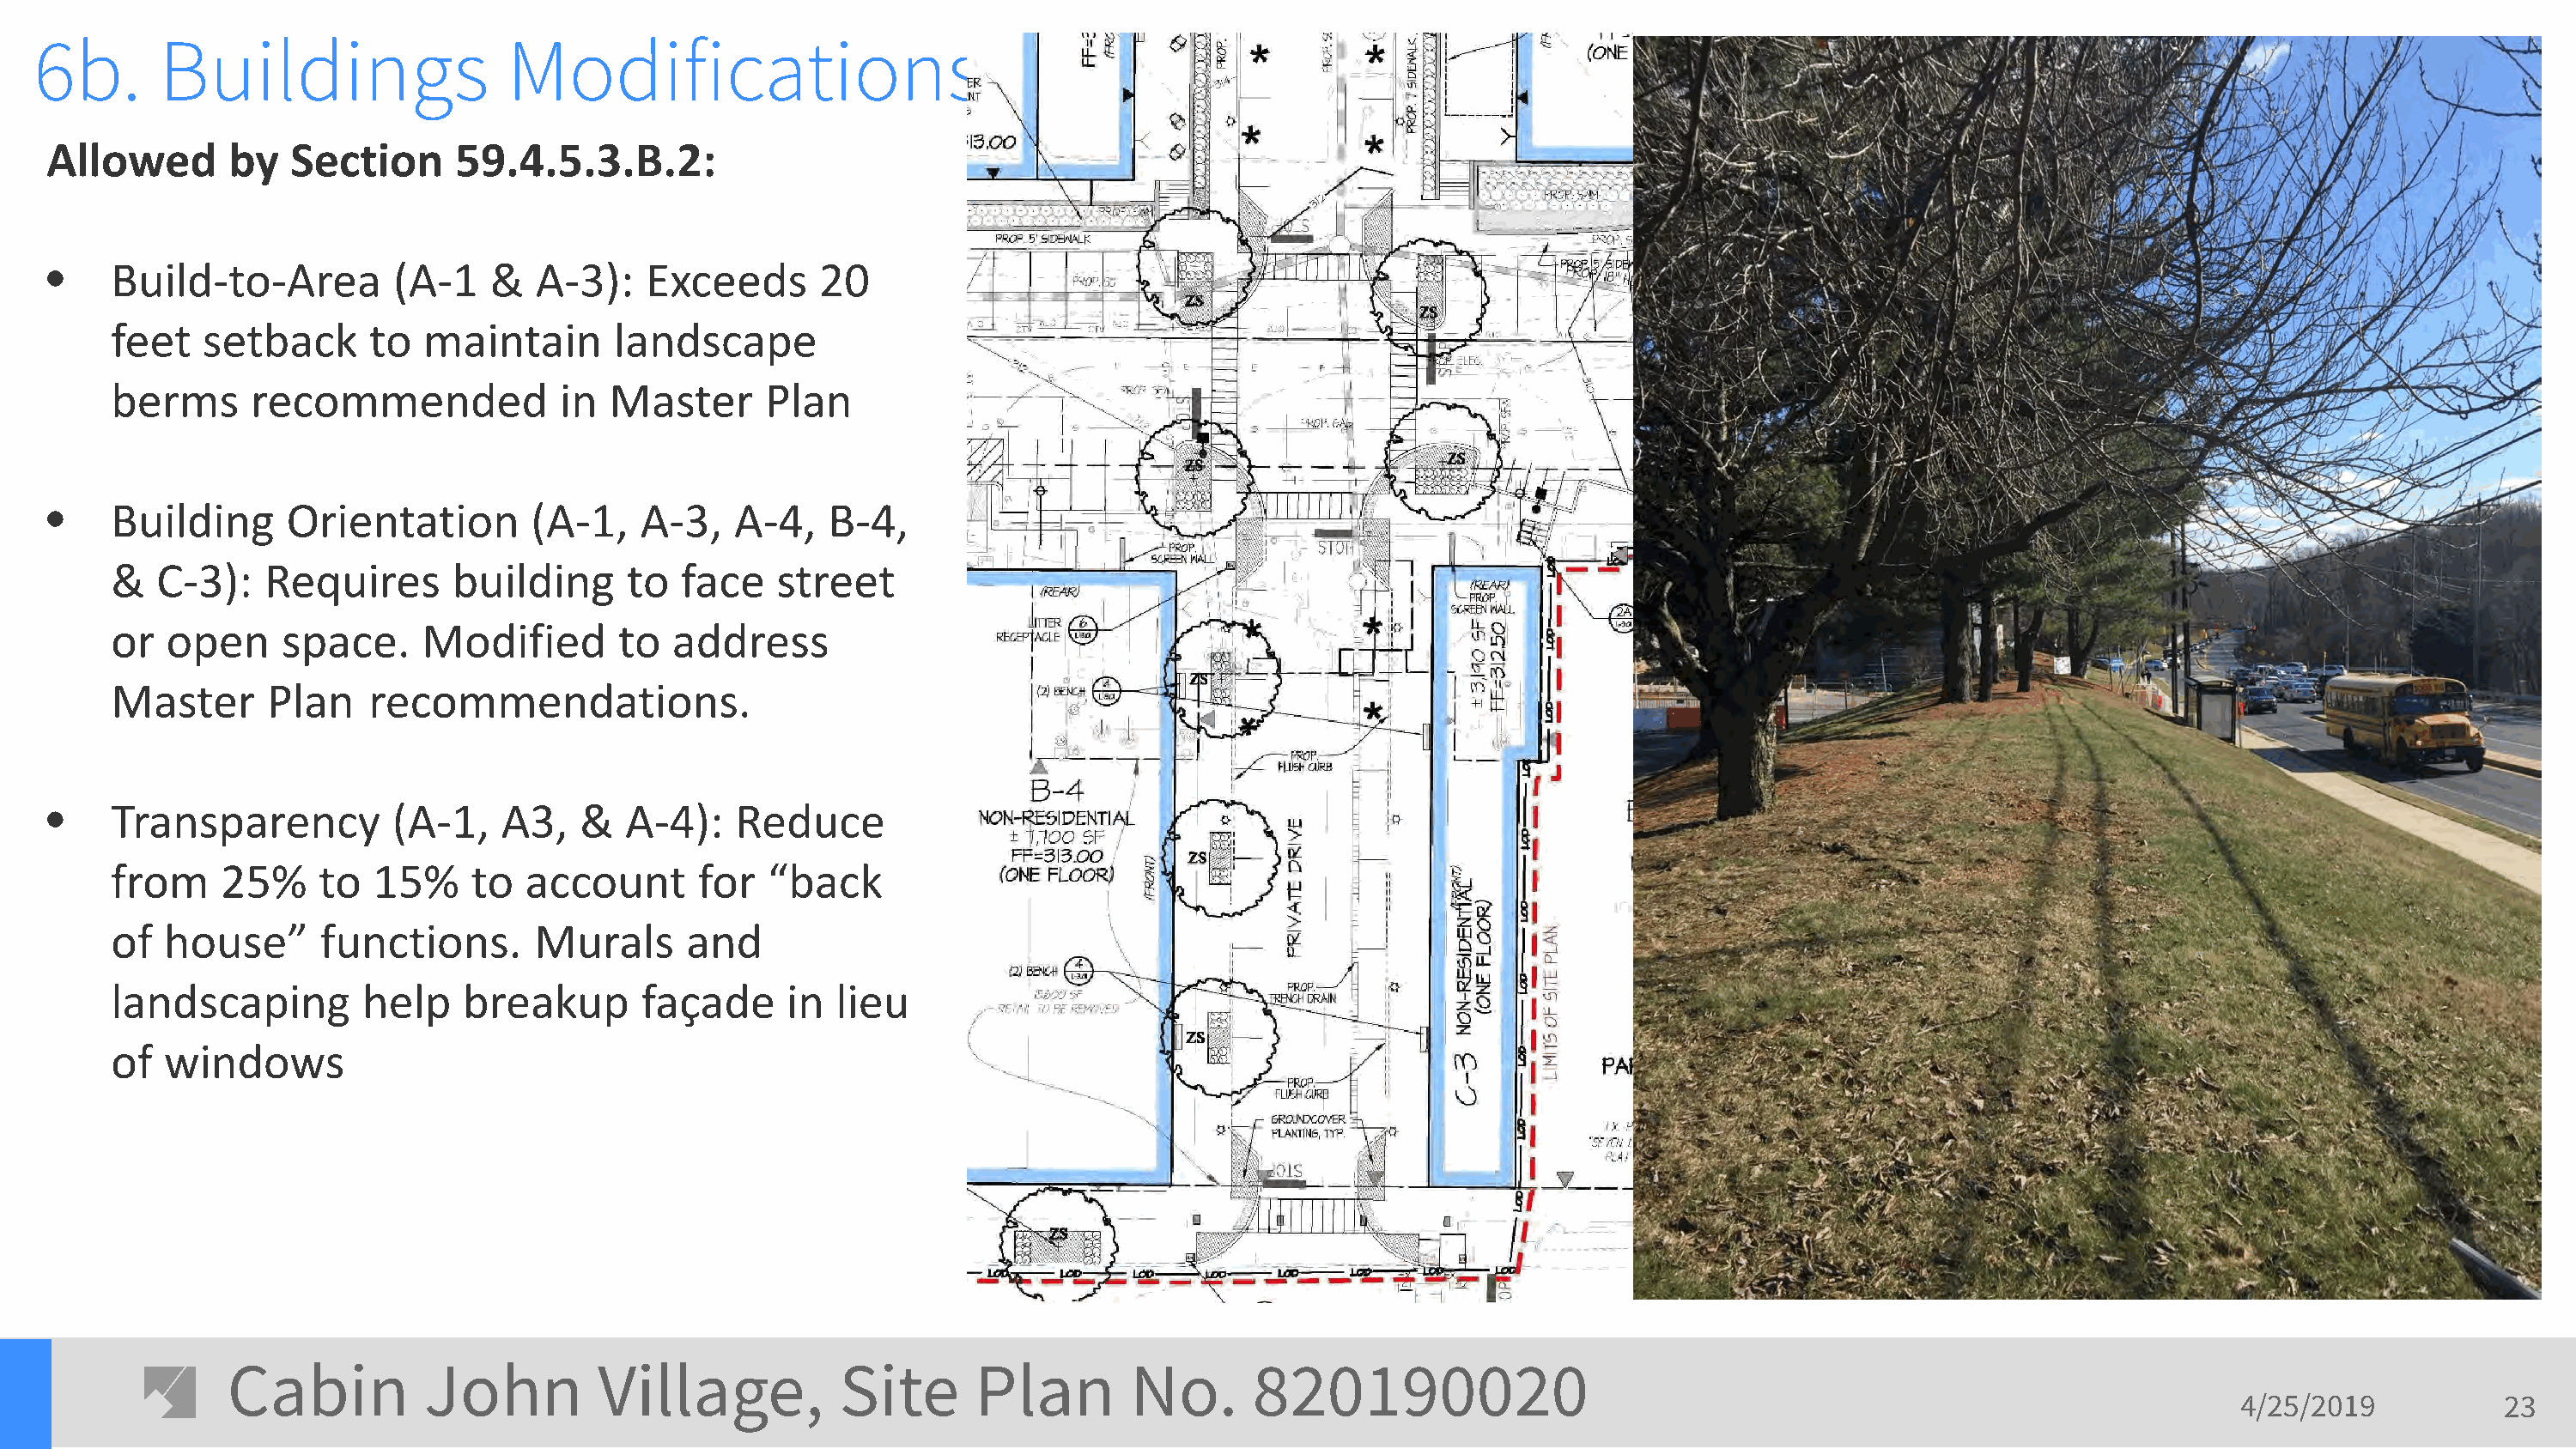
6b.      Buildings                  Modifications
 Allowed       by  Section      59.4.5.3.B.2:
 •    Build-to-Area        (A-1    &  A-3):    Exceeds      20
 feet   setback     to   maintain      landscape
 berms     recommended             in  Master      Plan
 •    Building     Orientation        (A-1,   A-3,    A-4,   B-4,
 &  C-3):   Requires       building     to  face    street
 or  open     space.     Modified       to  address
 Master      Plan   recommendations.
 •    Transparency         (A-1,    A3,   &  A-4):    Reduce
 from    25%     to  15%    to  account       for  “back
 of  house”      functions.      Murals      and
 landscaping        help    breakup      façade      in lieu
 of  windows
 Cabin          John         Village,           Site      Plan        No.       820190020
 4/25/2019           23